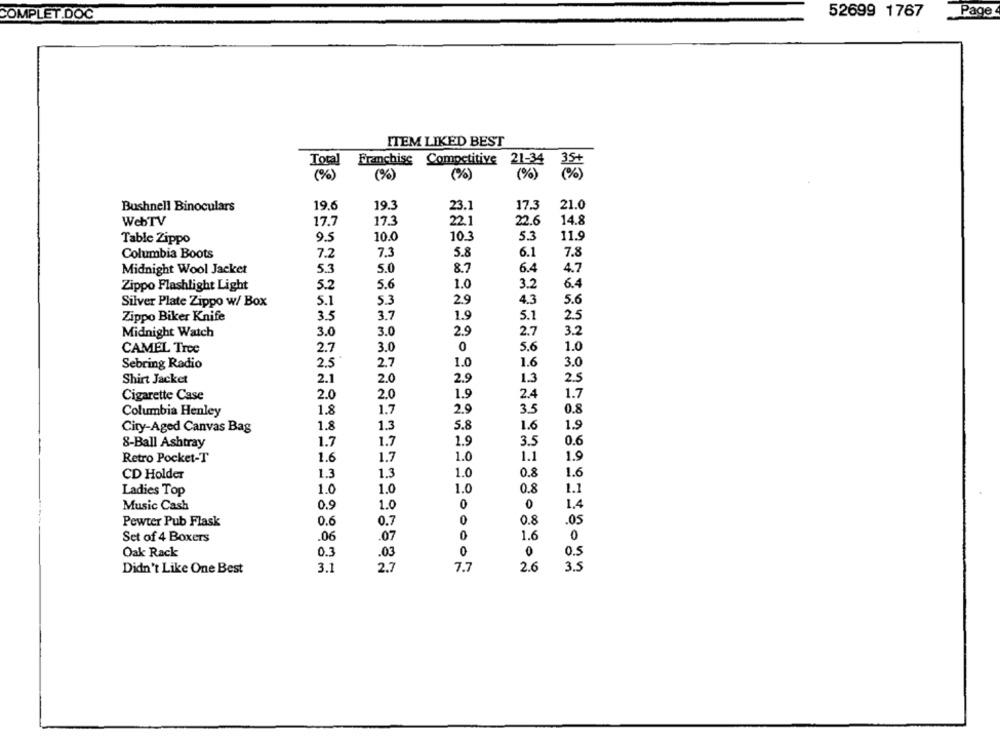
52699 1767
Page
COMPLET.DOC
ITEM LIKED BEST
Total
Franchise Competitive 21-34
35+
(%)
(%)
(%)
(% )
19.6
19.3
23.1
17.3
21.0
Bushnell Binoculars
WebTV
17.3
22.1
22.6
14.8
17.7
9.5
10.0
10.3
5.3
11.9
Table Zippo
6.1
7.8
Columbia Boots
7.2
7.3
5.8
6.4
Midnight Wool Jacket
5.3
5.0
8.7
4.7
Zippo Flashlight Light
5.2
5.6
1.0
3.2
6.4
Silver Plate Zippo w/ Box
5.1
5.3
2.9
4.3
5.6
Zippo Biker Knife
3.5
3.7
1.9
5.1
25
Midnight Watch
3.0
3.0
2.9
2.7
3.2
2.7
0
5.6
1.0
CAMEL Tree
3.0
2.7
1.0
1.6
3.0
Sebring Radio
2.5
2.9
1.3
2.5
Shirt Jacket
2.1
2.0
2.0
2.4
Cigarette Case
2.0
1.9
1.7
1.7
2.9
0.8
Columbia Henley
1.8
City-Aged Canvas Bag
1.8
1.3
5.8
1.6
1.9
8-Ball Ashtray
1.7
1.7
1.9
3.5
0.6
Retro Pocket-T
1.6
1.7
1.0
1.1
1.9
CD Holder
1.3
1.3
1.0
0.8
1.6
1.0
1.0
1.0
0.8
1.1
Ladies Top
0.9
0
0
1.4
Music Cash
1.0
0
05
Pewter Pub Flask
0.6
0.7
0.8
Set of 4 Boxers
.06
.07
1.6
0
Oak Rack
0.3
.03
0
0
0.5
Didn't Like One Best
3.1
2.7
7.7
2.6
3.5